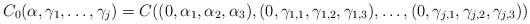
LaTeX: \begin{align*} C_0(\alpha, \gamma_1, \ldots, \gamma_j) = C((0,\alpha_1, \alpha_2,\alpha_3), (0,\gamma_{1,1}, \gamma_{1,2}, \gamma_{1,3}), \ldots, (0,\gamma_{j,1}, \gamma_{j,2}, \gamma_{j,3})) \end{align*}